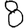
Digit: 8